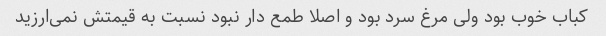
کباب خوب بود ولی مرغ سرد بود و اصلا طمع دار نبود نسبت به قیمتش نمی‌ارزید